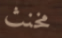
مخنث